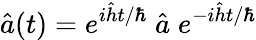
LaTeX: \hat{a}(t)=e^{i\hat{h}t/\hbar}\; \hat{a}\; e^{-i\hat{h}t/\hbar}